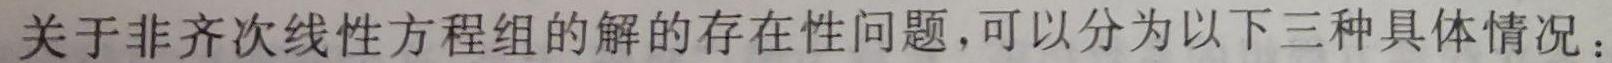
关于非齐次线性方程组的解的存在性问题，可以分为以下三种具体情况：